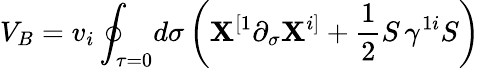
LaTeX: V_{B}=v_{i}\oint_{\tau=0}\! d\sigma\left(\mathbf{X}^{[1}\partial_{\sigma}\mathbf{X}^{i]}+\frac{{1}}{{2}}S\, \gamma^{1i}S\right)